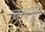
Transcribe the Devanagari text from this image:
चन्द्रपुरा